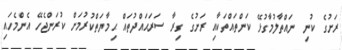
ރަށުގެ ކުނި ނައްތާލުމާގުޅޭ ކަންތައްތަކާއި ރަށުގެ ގިރާ ސަރަޙައްދުތައް ޙިމާޔަތްކުރުމަށް ކުރަންޖެހޭ އެންމެހައި